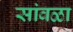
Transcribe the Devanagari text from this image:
सांवळा